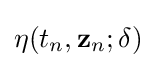
\mathbf {\eta } (t_{n},\mathbf {z} _{n};\delta )